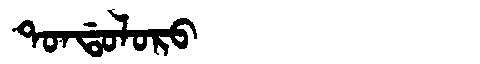
Manchu: ᡨᠣᠨᡩᠣᠯᠣᡵᠣ
Romanization: TONDOLORO